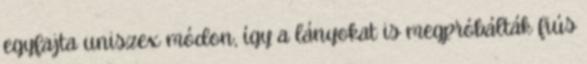
egyfajta uniszex módon, így a lányokat is megpróbálták fiús